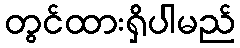
တွင်ထားရှိပါမည်